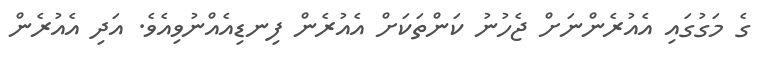
ގެ މަގުގައި އެއުރެންނަށް ޖެހުނު ކަންތަކަށް އެއުރެން ފިނޑިއެއްނުވިއެވެ. އަދި އެއުރެން